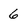
Character: 6